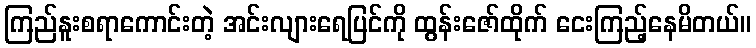
ကြည်နူးစရာကောင်းတဲ့ အင်းလျားရေပြင်ကို ထွန်းဇော်ထိုက် ငေးကြည့်နေမိတယ်။